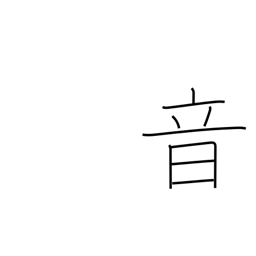
Meaning: sound